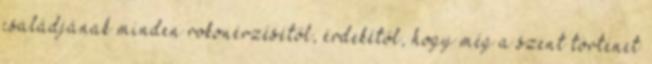
családjának minden rokonérzésétől, érdekétől, hogy még a szent történet